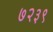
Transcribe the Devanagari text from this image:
७२३९